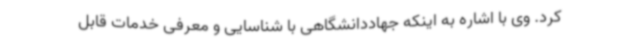
کرد. وی با اشاره به اینکه جهاددانشگاهی با شناسایی و معرفی خدمات قابل